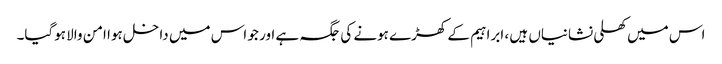
اس میں کھلی نشانیاں ہیں ، ابراہیم کے کھڑے ہونے کی جگہ ہے اور جو اس میں داخل ہوا امن والا ہوگیا۔